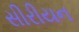
સીરીયન